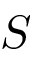
S